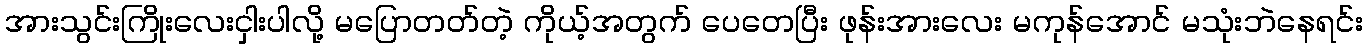
အားသွင်းကြိုးလေးငှါးပါလို့ မပြောတတ်တဲ့ ကိုယ့်အတွက် ပေတေပြီး ဖုန်းအားလေး မကုန်အောင် မသုံးဘဲနေရင်း